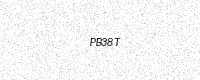
Text: PB38T